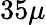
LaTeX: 35\mu